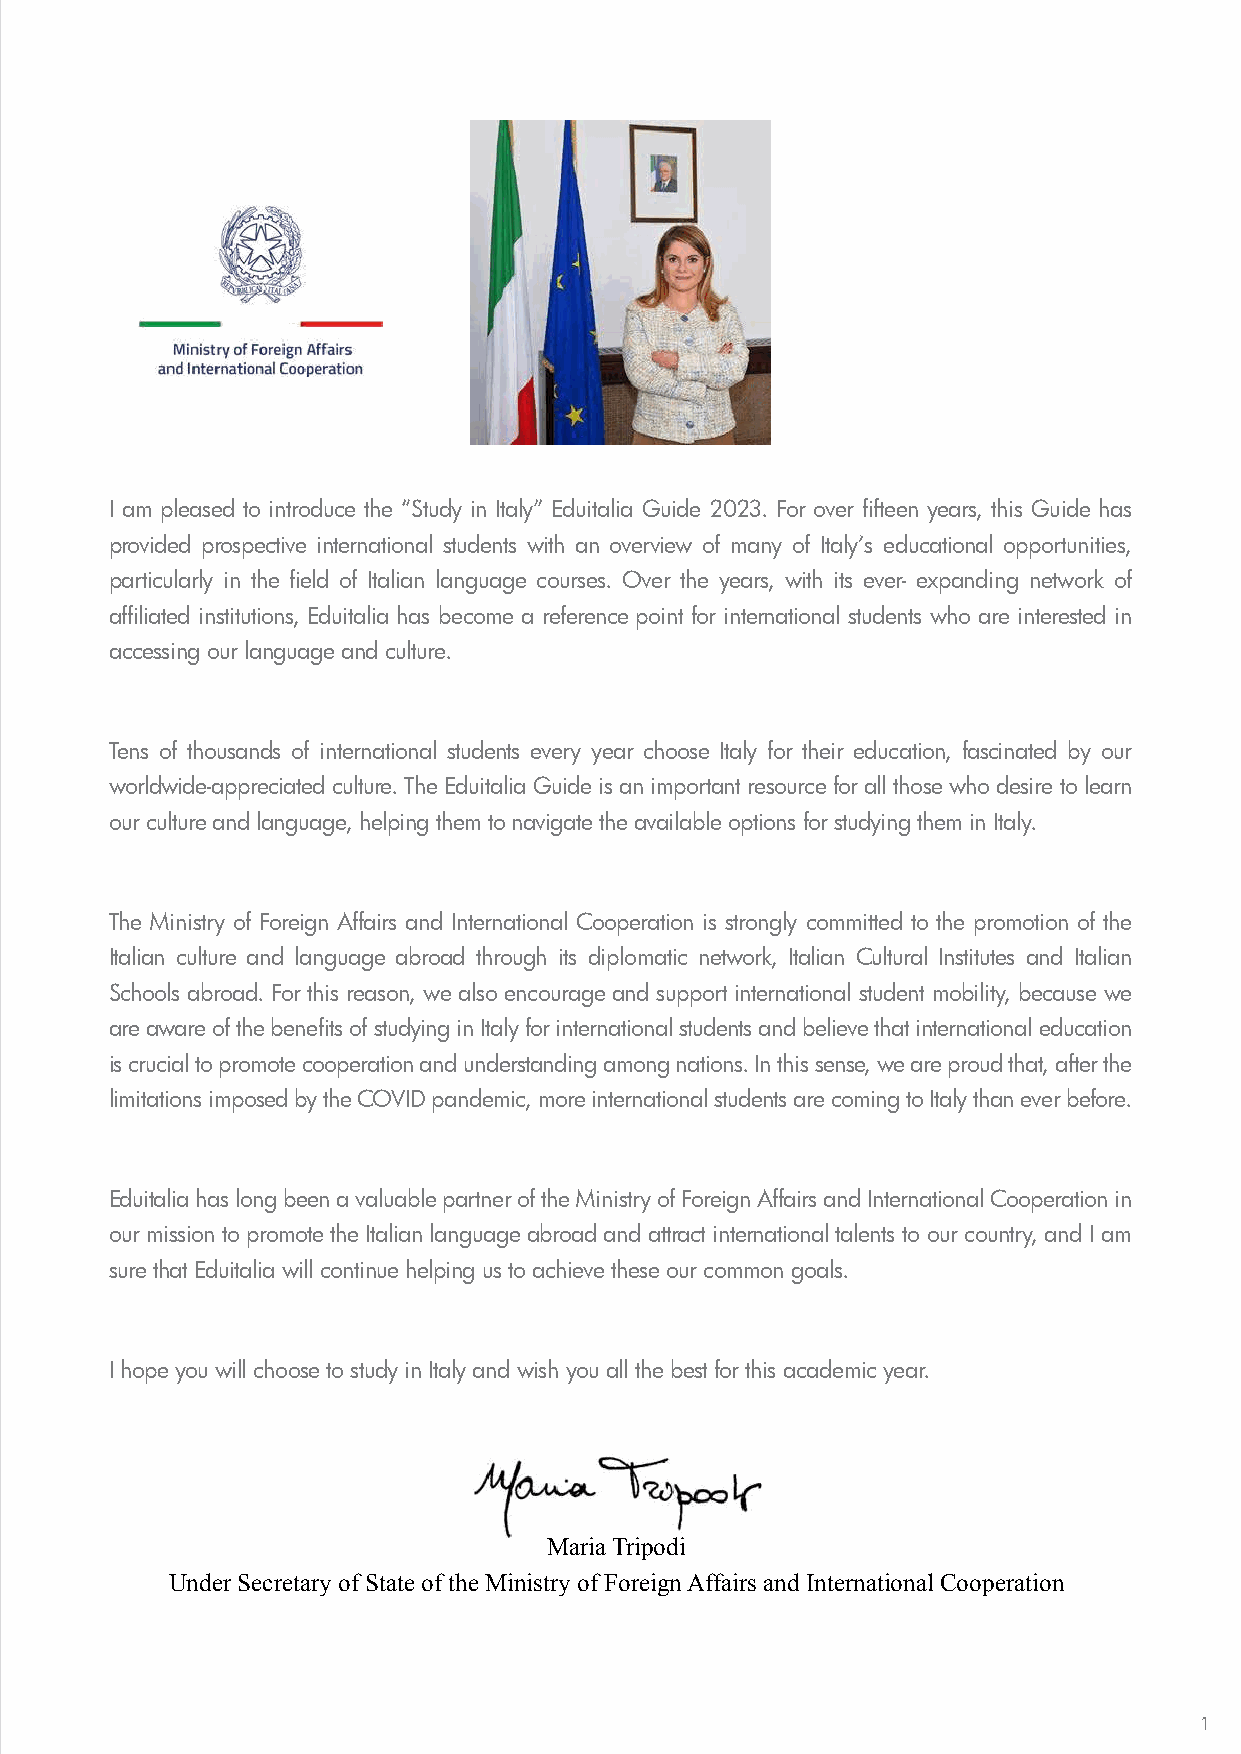
I am pleased to introduce the “Study in Italy” Eduitalia Guide 2023. For over fifteen years, this Guide has
 provided prospective international students with an overview of many of Italy’s educational opportunities,
 particularly in the field of Italian language courses. Over the years, with its ever- expanding network of
 affiliated institutions, Eduitalia has become a reference point for international students who are interested in
 accessing our language and culture.
 Tens of thousands of international students every year choose Italy for their education, fascinated by our
 worldwide-appreciated culture. The Eduitalia Guide is an important resource for all those who desire to learn
 our culture and language, helping them to navigate the available options for studying them in Italy.
 The Ministry of Foreign Affairs and International Cooperation is strongly committed to the promotion of the
 Italian culture and language abroad through its diplomatic network, Italian Cultural Institutes and Italian
 Schools abroad. For this reason, we also encourage and support international student mobility, because we
 are aware of the benefits of studying in Italy for international students and believe that international education
 is crucial to promote cooperation and understanding among nations. In this sense, we are proud that, after the
 limitations imposed by the COVID pandemic, more international students are coming to Italy than ever before.
 Eduitalia has long been a valuable partner of the Ministry of Foreign Affairs and International Cooperation in
 our mission to promote the Italian language abroad and attract international talents to our country, and I am
 sure that Eduitalia will continue helping us to achieve these our common goals.
 I hope you will choose to study in Italy and wish you all the best for this academic year.
 Maria Tripodi
 Under Secretary of State of the Ministry of Foreign Affairs and International Cooperation
 1